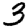
Digit: 3